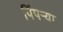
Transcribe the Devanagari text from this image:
पिंपऱ्या